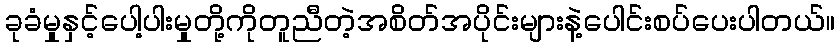
ခုခံမှုနှင့်ပေါ့ပါးမှုတို့ကိုတူညီတဲ့အစိတ်အပိုင်းများနဲ့ပေါင်းစပ်ပေးပါတယ်။